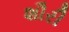
શૌરી